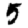
Digit: 5